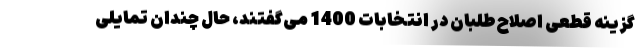
گزینه قطعی اصلاح‌طلبان در انتخابات 1400 می‌گفتند، حال چندان تمایلی